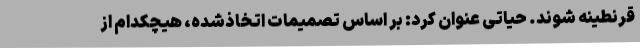
قرنطینه شوند. حیاتی عنوان کرد: بر اساس تصمیمات اتخاذشده، هیچکدام از